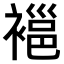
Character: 𧜇